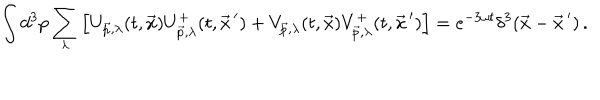
\int d ^ { 3 } p \sum _ { \lambda } \left[ U _ { \vec { p } , \lambda } ( t , \vec { x } ) U _ { \vec { p } , \lambda } ^ { + } ( t , \vec { x } ^ { \, \prime } ) + V _ { \vec { p } , \lambda } ( t , \vec { x } ) V _ { \vec { p } , \lambda } ^ { + } ( t , \vec { x } ^ { \, \prime } ) \right] = e ^ { - 3 \omega t } \delta ^ { 3 } ( \vec { x } - \vec { x } ^ { \, \prime } ) \, .